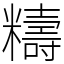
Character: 䊭